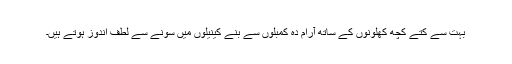
بہت سے کتے کچھ کھلونوں کے ساتھ آرام دہ کمبلوں سے بنے کینیلوں میں سونے سے لطف اندوز ہوتے ہیں۔